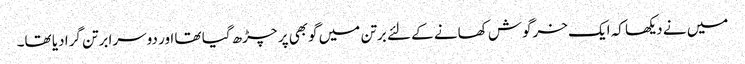
میں نے دیکھا کہ ایک خرگوش کھانے کے لئے برتن میں گوبھی پر چڑھ گیا تھا اور دوسرا برتن گرا دیا تھا۔